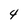
Character: 4